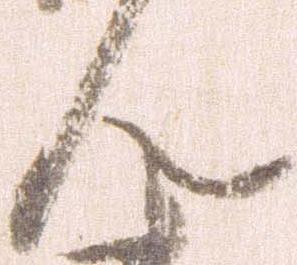
ん